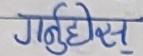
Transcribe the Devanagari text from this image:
गनुदीएस्